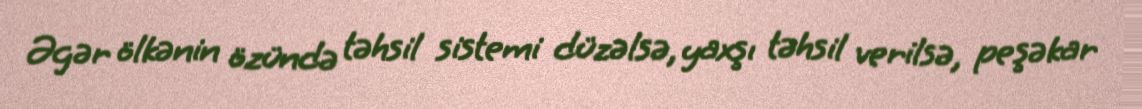
Əgər ölkənin özündə təhsil sistemi düzəlsə, yaxşı təhsil verilsə, peşəkar